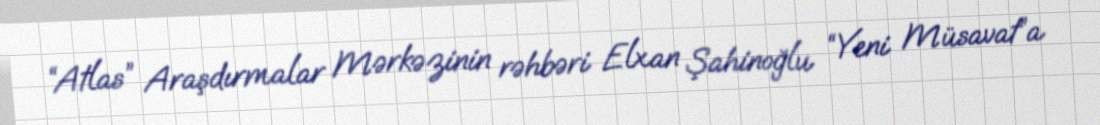
“Atlas” Araşdırmalar Mərkəzinin rəhbəri Elxan Şahinoğlu “Yeni Müsavat”a